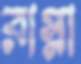
রাস্না